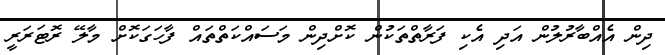
ދިން އެއްބާރުލުން އަދި އެކި ފަރާތްތަކުން ކޮށްދިން މަސައްކަތްތައް ފާހަގަކޮށް މާލޭ ރޮޓަރަރީ